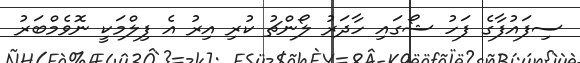
ސިފައުފާގެ ފަހު ޝޯގައި ހާދަރު ލޯންޗު ކުރި އިރު އެ ފިލްމަކީ ނޮވެމްބަރު